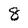
Character: 8